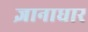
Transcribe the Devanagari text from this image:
ज्ञानाधार